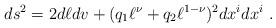
LaTeX: \begin{align*}ds^2=2 d\ell dv+ (q_1 \ell^\nu+q_2 \ell^{1-\nu})^2 dx^idx^i\ .\end{align*}